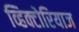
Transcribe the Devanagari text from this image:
व्हिक्टोरियाज